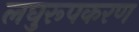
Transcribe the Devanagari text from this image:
लघुरूपकरण